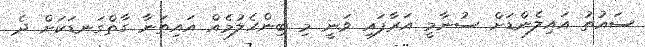
ސައުތު އައިލެންޑަށް ސުނާމީ އަރާފައި ވަނީ މި ބިންހެލުމެއް އައިތަނާ ގާތްގަނޑަކަށް ދެ